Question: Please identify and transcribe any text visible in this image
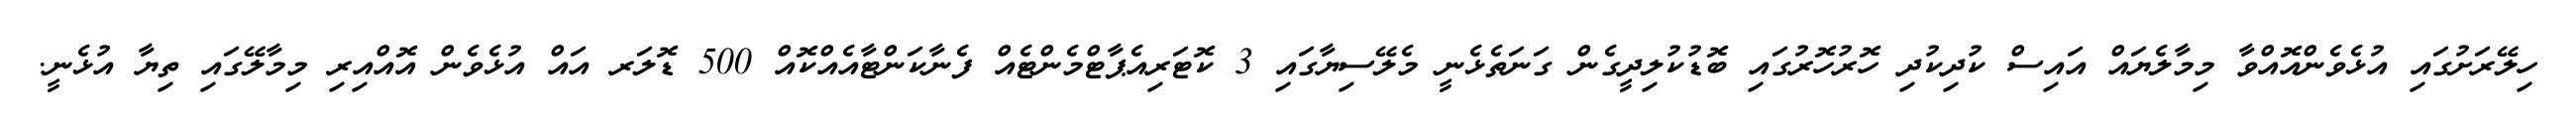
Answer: ހިލޭރަށުގައި އުޅެވެންއޮއްވާ މިމާލެޔައް އައިސް ކުދިކުދި ހޮރުހޮރުގައި ބޮޑުކުލިދީގެން ގަނަތެޅެނީ މެލޭސިޔާގައި 3 ކޮޓަރިއެޕާޓްމެންޓެއް ފެނާކަންޓާއެއްކޮއް 500 ޑޮލަރ އައް އުޅެވެން އޮއްއިރި މިމާލޭގައި ތިޔާ އުޅެނީ.